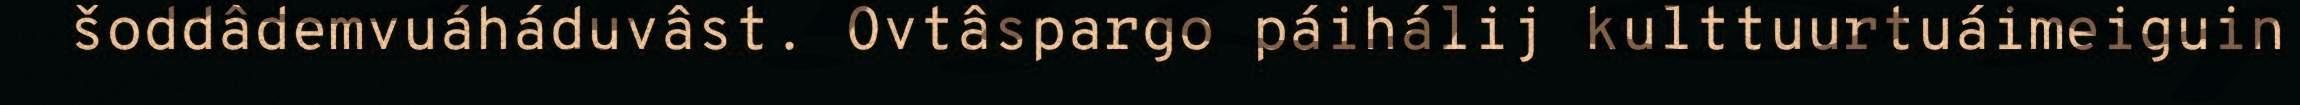
šoddâdemvuáháduvâst. Ovtâspargo páihálij kulttuurtuáimeiguin